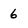
Character: 6